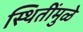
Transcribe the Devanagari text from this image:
स्थितींमुळे